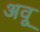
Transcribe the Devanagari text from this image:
अवू